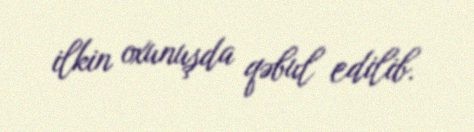
ilkin oxunuşda qəbul edilib.